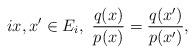
LaTeX: \begin{align*} i x,x' \in E_i,~\frac{q(x)}{p(x)}=\frac{q(x')}{p(x')},\end{align*}